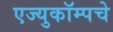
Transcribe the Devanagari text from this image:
एज्युकॉम्पचे